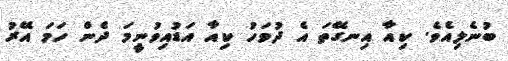
ބުނެލިއެވެ. ކިއާ އިނގޭތަ އެ ދުވަހު ކިއާ އަޑުއިވުނީމަ ދެން ހަމަ އޭރު